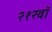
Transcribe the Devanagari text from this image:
२१२वॉ